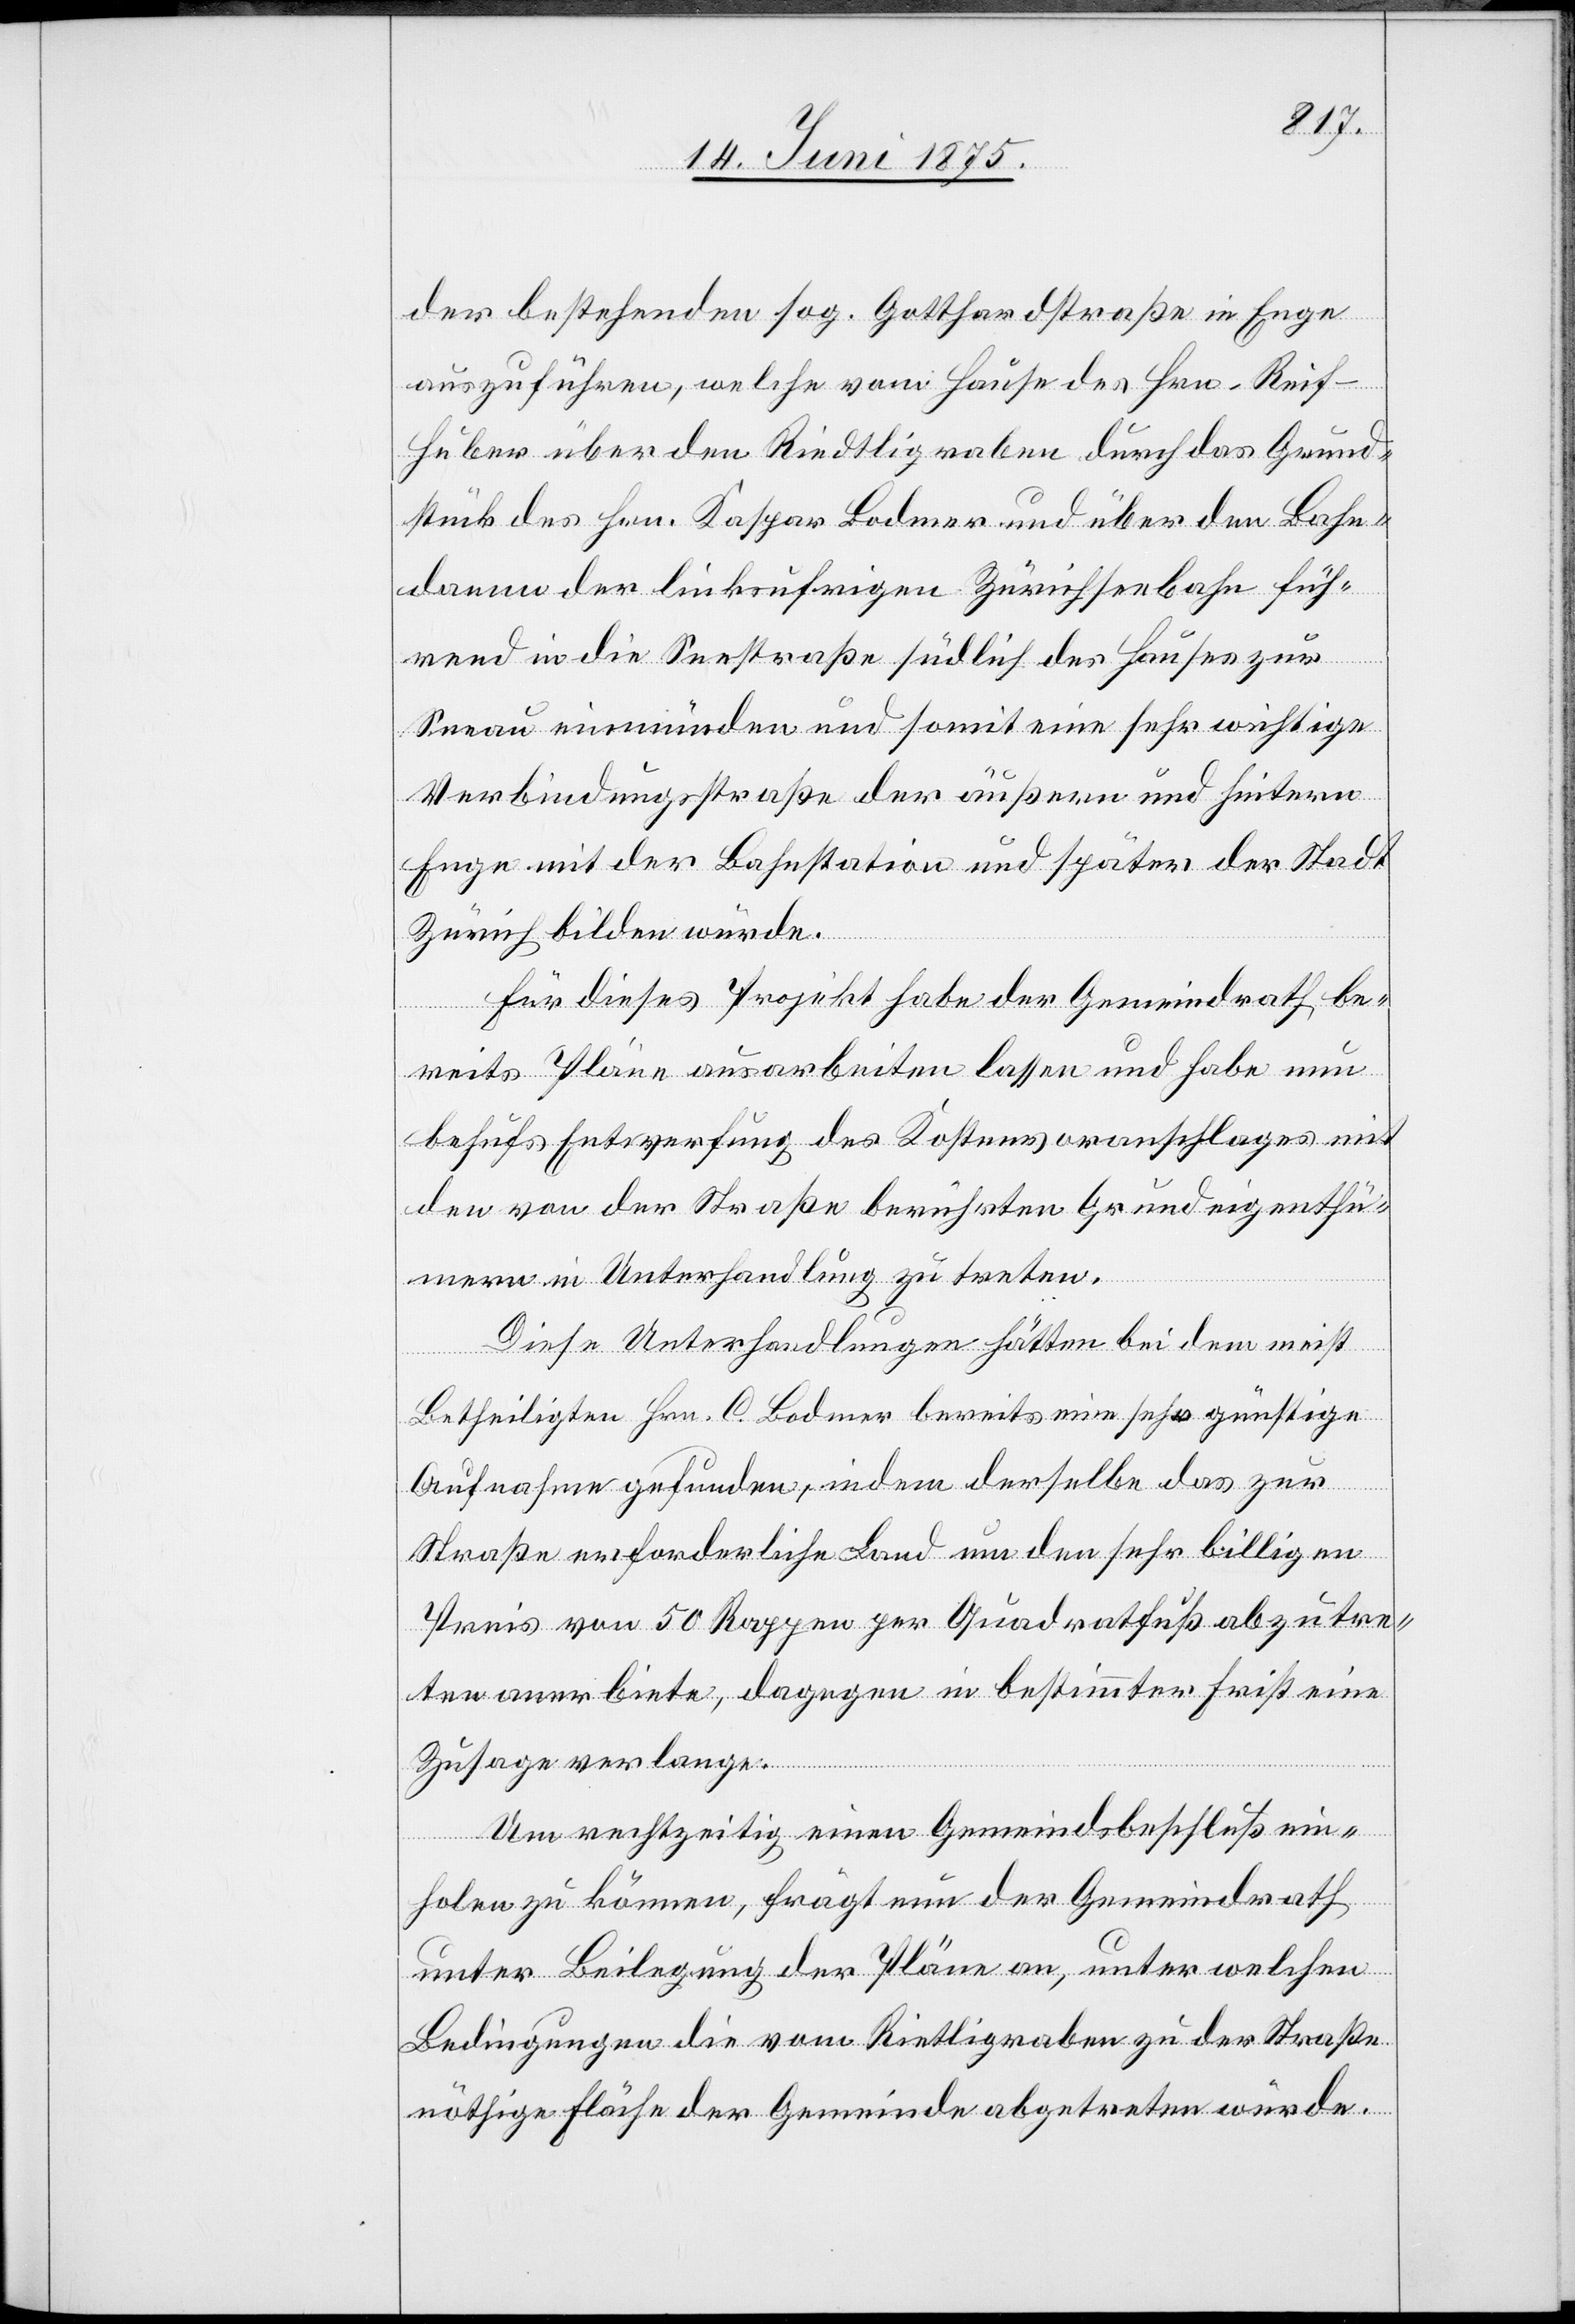
der bestehenden sog. Gotthardstraße in Enge
auszuführen, welche vom Hause des Hrn. Reif-H¬
uber über den Riedtligraben durch das Grund¬
stück des Hrn. Kaspar Bodmer und über den Bahn¬
damm der linksufrigen Zürichseebahn füh¬
rend in die Seestraße südlich des Hauses zur
Seeau einmünden und somit eine sehr wichtige
Verbindungsstraße der äußern und hintern
Enge mit der Bahnstation und später der Stadt
Zürich bilden würde.
Für dieses Projekt habe der Gemeindrath be¬
reits Pläne ausarbeiten lassen und habe nun
behufs Entwerfung des Kostenvoranschlages mit
den von der Straße berührten Grundeigenthü¬
mern in Unterhandlung zu treten.
Diese Unterhandlungen hätten bei dem meist
Betheiligen Hrn. C. Bodmer bereits eine sehr günstige
Aufnahme gefunden, indem derselbe das zur
Straße erforderliche Land um den sehr billigen
Preis von 50 Rappen per Quadratfuß abzutre¬
ten anerbiete, dagegen in bestimmter Frist eine
Zusage verlange.
Um rechtzeitig einen Gemeindsbeschluß ein¬
holen zu können, frägt nun der Gemeindrath
unter Beilegung der Pläne an, unter welchen
Bedingungen die vom Rie[d]tligraben zu der Straße
nöthige Fläche der Gemeinde abgetreten würde.